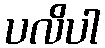
ပလိပါ